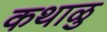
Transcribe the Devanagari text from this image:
कथाळु